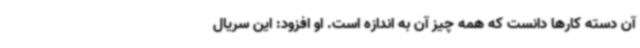
آن دسته کارها دانست که همه چیز آن به اندازه است. او افزود: این سریال